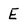
Character: E